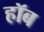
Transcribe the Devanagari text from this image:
हॉब